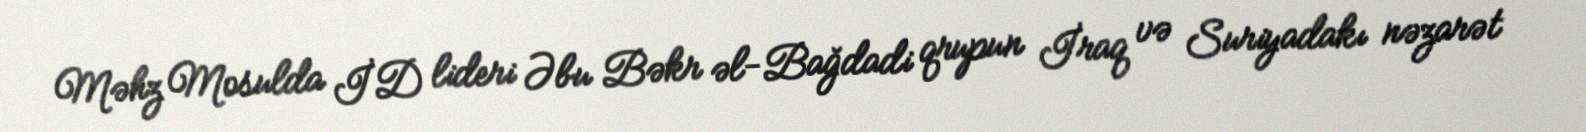
Məhz Mosulda İD lideri Əbu Bəkr əl-Bağdadi qrupun İraq və Suriyadakı nəzarət